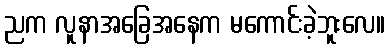
ညက လူနာအခြေအနေက မကောင်းခဲ့ဘူးလေ။